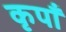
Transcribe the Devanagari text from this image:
कृपाँ